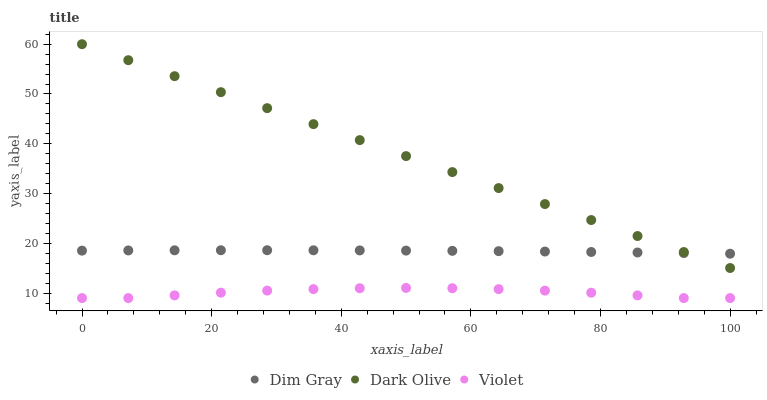
| xaxis_label | Dim Gray | Dark Olive | Violet |
 | --- | --- | --- | --- |
 | 0 | 18.5 | 60 | 9 |
 | 7.14 | 18.6 | 56.8 | 9 |
 | 14.3 | 18.6 | 53.6 | 9.55 |
 | 21.4 | 18.6 | 50.4 | 10.1 |
 | 28.6 | 18.6 | 47.2 | 10.5 |
 | 35.7 | 18.6 | 43.9 | 10.8 |
 | 42.9 | 18.6 | 40.7 | 11 |
 | 50 | 18.5 | 37.5 | 11 |
 | 57.1 | 18.5 | 34.3 | 11 |
 | 64.3 | 18.4 | 31.1 | 10.8 |
 | 71.4 | 18.3 | 27.9 | 10.5 |
 | 78.6 | 18.3 | 24.7 | 10.1 |
 | 85.7 | 18.2 | 21.5 | 9.54 |
 | 92.9 | 18 | 18.3 | 9 |
 | 100 | 17.9 | 15 | 9 |